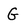
Character: G